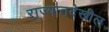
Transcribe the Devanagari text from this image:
राज्यातदेखील